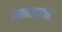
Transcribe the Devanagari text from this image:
अरण्यवाटेवर